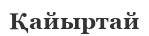
Қайыртай